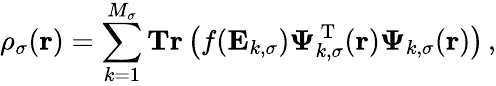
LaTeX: \rho_{\sigma}(\boldsymbol{\textbf{r}})=\sum_{k=1}^{M_{\sigma}}\textbf{Tr}\left(f(\mathbf{E}_{k,\sigma})\boldsymbol{\Psi}_{k,\sigma}^{\mathrm{~T~}}(\boldsymbol{\textbf{r}})\boldsymbol{\Psi}_{k,\sigma}(\boldsymbol{\textbf{r}})\right)\, ,